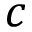
c